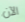
الآن